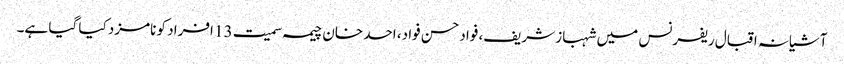
آشیانہ اقبال ریفرنس میں شہباز شریف، فواد حسن فواد، احد خان چیمہ سمیت 13 افراد کو نامزد کیا گیا ہے۔